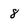
Character: 8